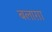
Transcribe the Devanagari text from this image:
बलाग़ा